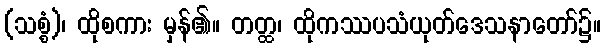
(သစ္စံ)၊ ထိုစကား မှန်၏။ တတ္ထ၊ ထိုကဿပသံယုတ်ဒေသနာတော်၌။